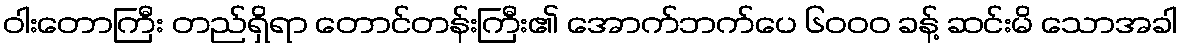
ဝါးတောကြီး တည်ရှိရာ တောင်တန်းကြီး၏ အောက်ဘက်ပေ ၆၀၀၀ ခန့် ဆင်းမိ သောအခါ